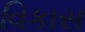
વિકાસ